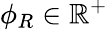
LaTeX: \phi_{R}\in\mathbb{R}^{+}